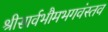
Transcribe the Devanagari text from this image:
श्रीसार्वभौमभगवंस्तव